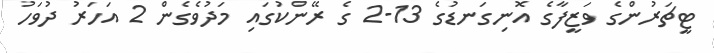
ޓީޗަރުންގެ ވަޒީފާގެ އޮނިގަނޑުގެ 13-2 ގެ ރޭންކުގައި މަދުވެގެން 2 އަހަރު ދުވަހު